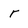
Character: r